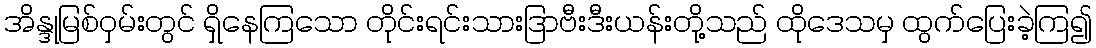
အိန္ဒုမြစ်ဝှမ်းတွင် ရှိနေကြသော တိုင်းရင်းသားဒြာဗီးဒီးယန်းတို့သည် ထိုဒေသမှ ထွက်ပြေးခဲ့ကြ၍